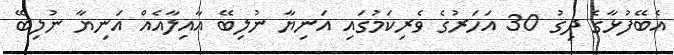
އެބޭފުޅާގެ ދިގު 30 އަހަރުގެ ވެރިކަމުގައި އަނިޔާ ނުލިބޭ އާއިލާއެއް އަނިޔާ ނުލިބޭ